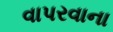
વાપરવાના